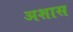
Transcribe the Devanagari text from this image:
अशास